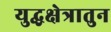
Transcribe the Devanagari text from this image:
युद्धक्षेत्रातुन